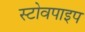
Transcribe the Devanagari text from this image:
स्टोवपाइप